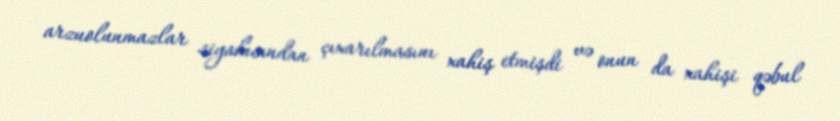
arzuolunmazlar siyahısından çıxarılmasını xahiş etmişdi və onun da xahişi qəbul